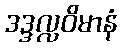
ဒဒ္ဒလ္လဝိမာနံ